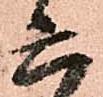
六